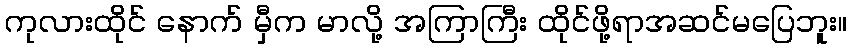
ကုလားထိုင် နောက် မှီက မာလို့ အကြာကြီး ထိုင်ဖို့ရာအဆင်မပြေဘူး။